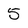
Character: 5